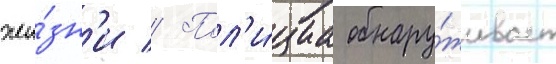
жи́зн'и // Пол'и́циа обнару́живает